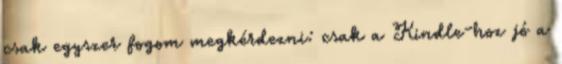
csak egyszer fogom megkérdezni: csak a Kindle-hoz jó a